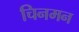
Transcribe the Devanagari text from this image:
चिनमन